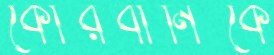
কোরবানিকে